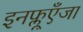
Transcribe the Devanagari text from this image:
इनफ्लूएँजा